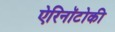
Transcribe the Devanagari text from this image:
ऐरिनॉटोकी